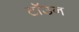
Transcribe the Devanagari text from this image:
टॉउन